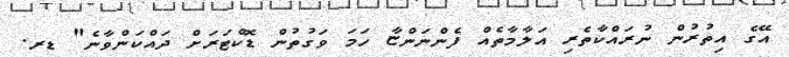
އޭގެ އިތުރުން ނުރައްކާތެރި އަލާމާތެއް ފެންނަންޏާ ހަމަ ވަގުތުން ޑޮކްޓަރަށް ދައްކަންވާނެ" ޑރ.